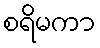
စရိမကာ